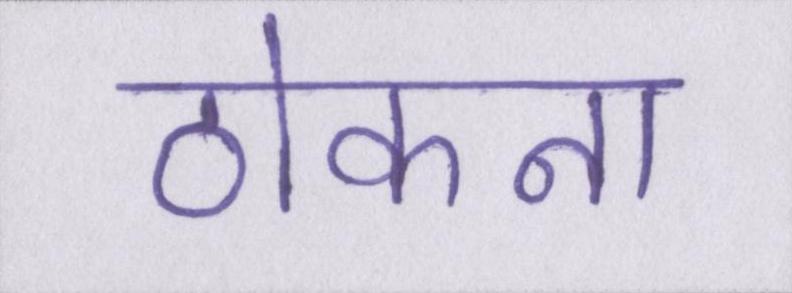
ठोकना